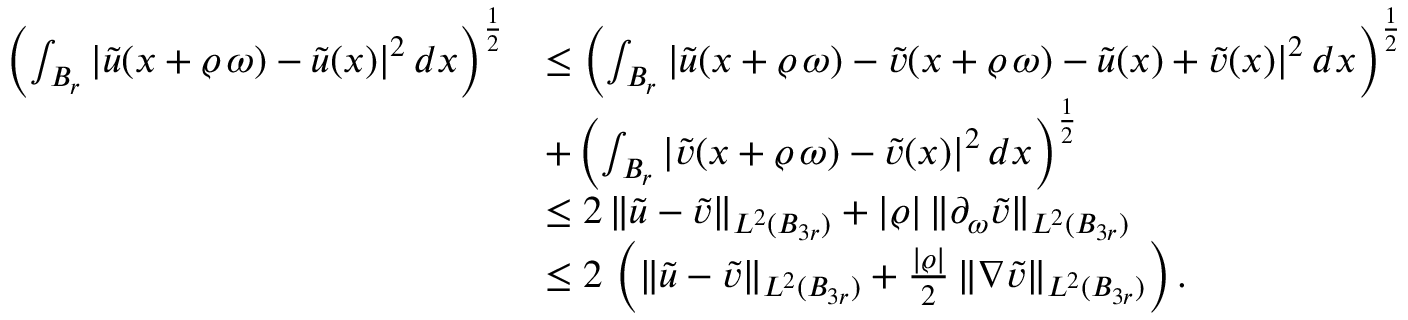
\begin{array} { r l } { \left( \int _ { B _ { r } } | \widetilde { u } ( x + \varrho \, \omega ) - \widetilde { u } ( x ) | ^ { 2 } \, d x \right) ^ { \frac { 1 } { 2 } } } & { \le \left( \int _ { B _ { r } } | \widetilde { u } ( x + \varrho \, \omega ) - \widetilde { v } ( x + \varrho \, \omega ) - \widetilde { u } ( x ) + \widetilde { v } ( x ) | ^ { 2 } \, d x \right) ^ { \frac { 1 } { 2 } } } \\ & { + \left( \int _ { B _ { r } } | \widetilde { v } ( x + \varrho \, \omega ) - \widetilde { v } ( x ) | ^ { 2 } \, d x \right) ^ { \frac { 1 } { 2 } } } \\ & { \le 2 \, \| \widetilde { u } - \widetilde { v } \| _ { L ^ { 2 } ( B _ { 3 r } ) } + | \varrho | \, \| \partial _ { \omega } \widetilde { v } \| _ { L ^ { 2 } ( B _ { 3 r } ) } } \\ & { \le 2 \, \left( \| \widetilde { u } - \widetilde { v } \| _ { L ^ { 2 } ( B _ { 3 r } ) } + \frac { | \varrho | } { 2 } \, \| \nabla \widetilde { v } \| _ { L ^ { 2 } ( B _ { 3 r } ) } \right) . } \end{array}